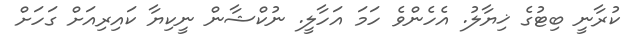
ކުރާނީ ބިޓުގެ ޚިޔާލު. އެހެންވެ ހަމަ އަހާލީ. ނުކްޝާން ނީކިޔާ ކައިރިއަށް ގަހަށް